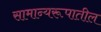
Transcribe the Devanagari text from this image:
सामान्यरूपातील